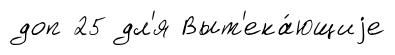
доп 25 дл'я Выт'ека́ющиjе